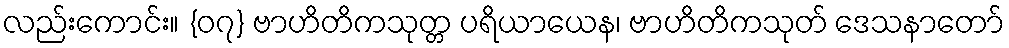
လည်းကောင်း။ {၀၇} ဗာဟိတိကသုတ္တ ပရိယာယေန၊ ဗာဟိတိကသုတ် ဒေသနာတော်